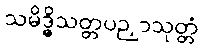
သမိဒ္ဓိသတ္တပဉှာသုတ္တံ